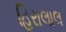
હિરાલાલ